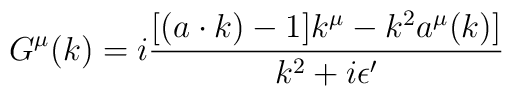
G^\mu(k)=i{[(a\cdot k)-1]k^\mu-k^2a^\mu(k)]\over{k^2+i\epsilon^\prime}}